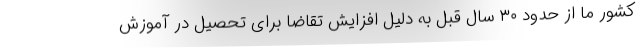
کشور ما از حدود ۳۰ سال قبل به دلیل افزایش تقاضا برای تحصیل در آموزش